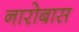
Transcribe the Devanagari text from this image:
नारोबास